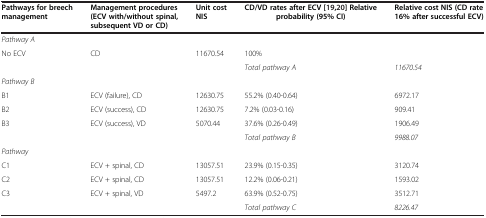
<table><thead><tr><td><b>Pathways for breech management</b></td><td><b>Management procedures (ECV with/without spinal, subsequent VD or CD)</b></td><td><b>Unit cost NIS</b></td><td><b>CD/VD rates after ECV [19],[20]Relative probability (95% CI)</b></td><td><b>Relative cost NIS (CD rate 16% after successful ECV)</b></td></tr></thead><tbody><tr><td colspan="5"><i>Pathway A</i></td></tr><tr><td>No ECV</td><td>CD</td><td>11670.54</td><td>100%</td><td> </td></tr><tr><td> </td><td> </td><td> </td><td><i>Total pathway A</i></td><td><i>11670.54</i></td></tr><tr><td colspan="5"><i>Pathway B</i></td></tr><tr><td>B1</td><td>ECV (failure), CD</td><td>12630.75</td><td>55.2% (0.40-0.64)</td><td>6972.17</td></tr><tr><td>B2</td><td>ECV (success), CD</td><td>12630.75</td><td>7.2% (0.03-0.16)</td><td>909.41</td></tr><tr><td>B3</td><td>ECV (success), VD</td><td>5070.44</td><td>37.6% (0.26-0.49)</td><td>1906.49</td></tr><tr><td> </td><td> </td><td> </td><td><i>Total pathway B</i></td><td><i>9988.07</i></td></tr><tr><td colspan="5"><i>Pathway</i></td></tr><tr><td>C1</td><td>ECV + spinal, CD</td><td>13057.51</td><td>23.9% (0.15-0.35)</td><td>3120.74</td></tr><tr><td>C2</td><td>ECV + spinal, CD</td><td>13057.51</td><td>12.2% (0.06-0.21)</td><td>1593.02</td></tr><tr><td>C3</td><td>ECV + spinal, VD</td><td>5497.2</td><td>63.9% (0.52-0.75)</td><td>3512.71</td></tr><tr><td> </td><td> </td><td> </td><td><i>Total pathway C</i></td><td><i>8226.47</i></td></tr></tbody></table>